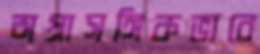
অপ্রাসঙ্গিকভাবে